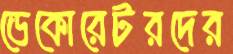
ডেকোরেটরদের